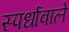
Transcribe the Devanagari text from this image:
स्पर्धावाले